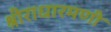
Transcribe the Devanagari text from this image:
श्रीराधारमणी